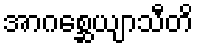
အာဂစ္ဆေယျာသီတိ